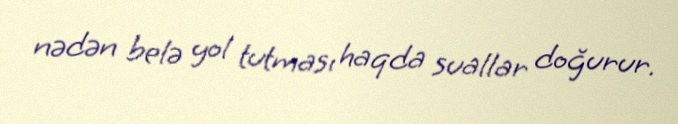
nədən belə yol tutması haqda suallar doğurur.